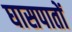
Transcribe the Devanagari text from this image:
घासपातों